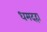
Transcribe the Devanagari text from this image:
धमदहा